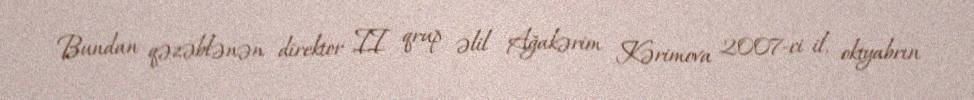
Bundan qəzəblənən direktor II qrup əlil Ağakərim Kərimova 2007-ci il, oktyabrın